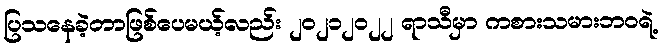
ပြသနေခဲ့တာဖြစ်ပေမယ့်လည်း ၂၀၂၁၂၀၂၂ ရာသီမှာ ကစားသမားဘဝရဲ့